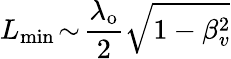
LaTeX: L_{\mathrm{min}}\! \sim\! \frac{\lambda_{\mathrm{o}}}{2}\sqrt{1-\beta_{v}^{2}}